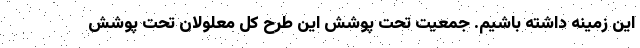
این زمینه داشته باشیم. جمعیت تحت پوشش این طرح کل معلولان تحت پوشش